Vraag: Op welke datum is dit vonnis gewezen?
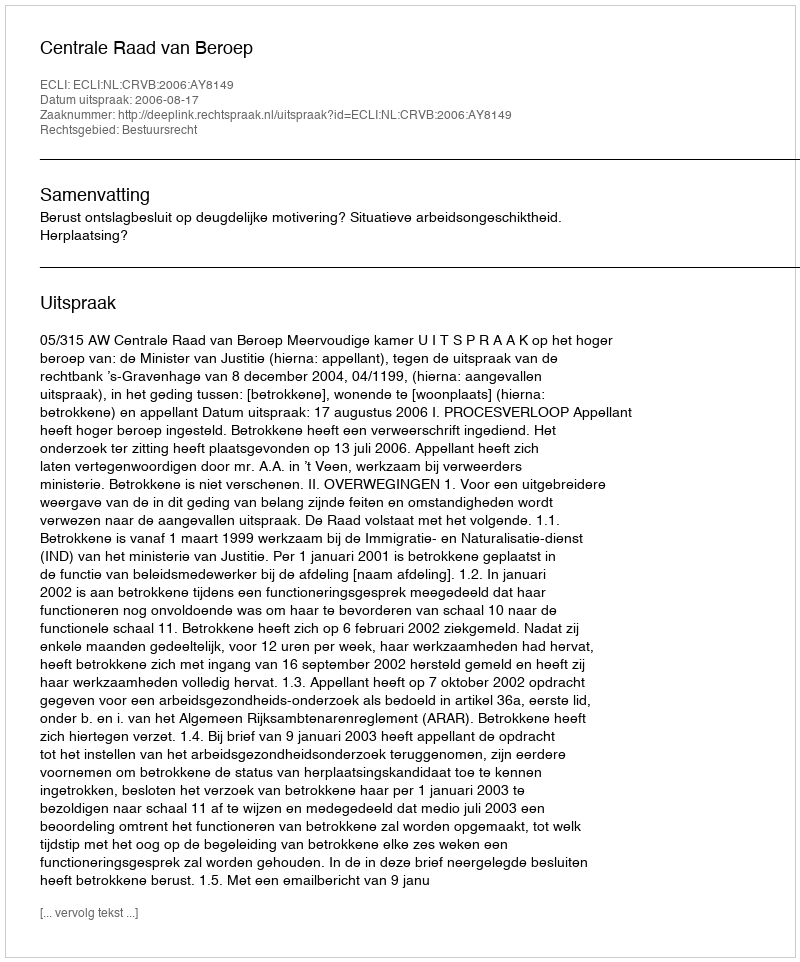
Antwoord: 2006-08-17